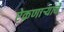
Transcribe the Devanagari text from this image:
ऐकणाऱ्याचे